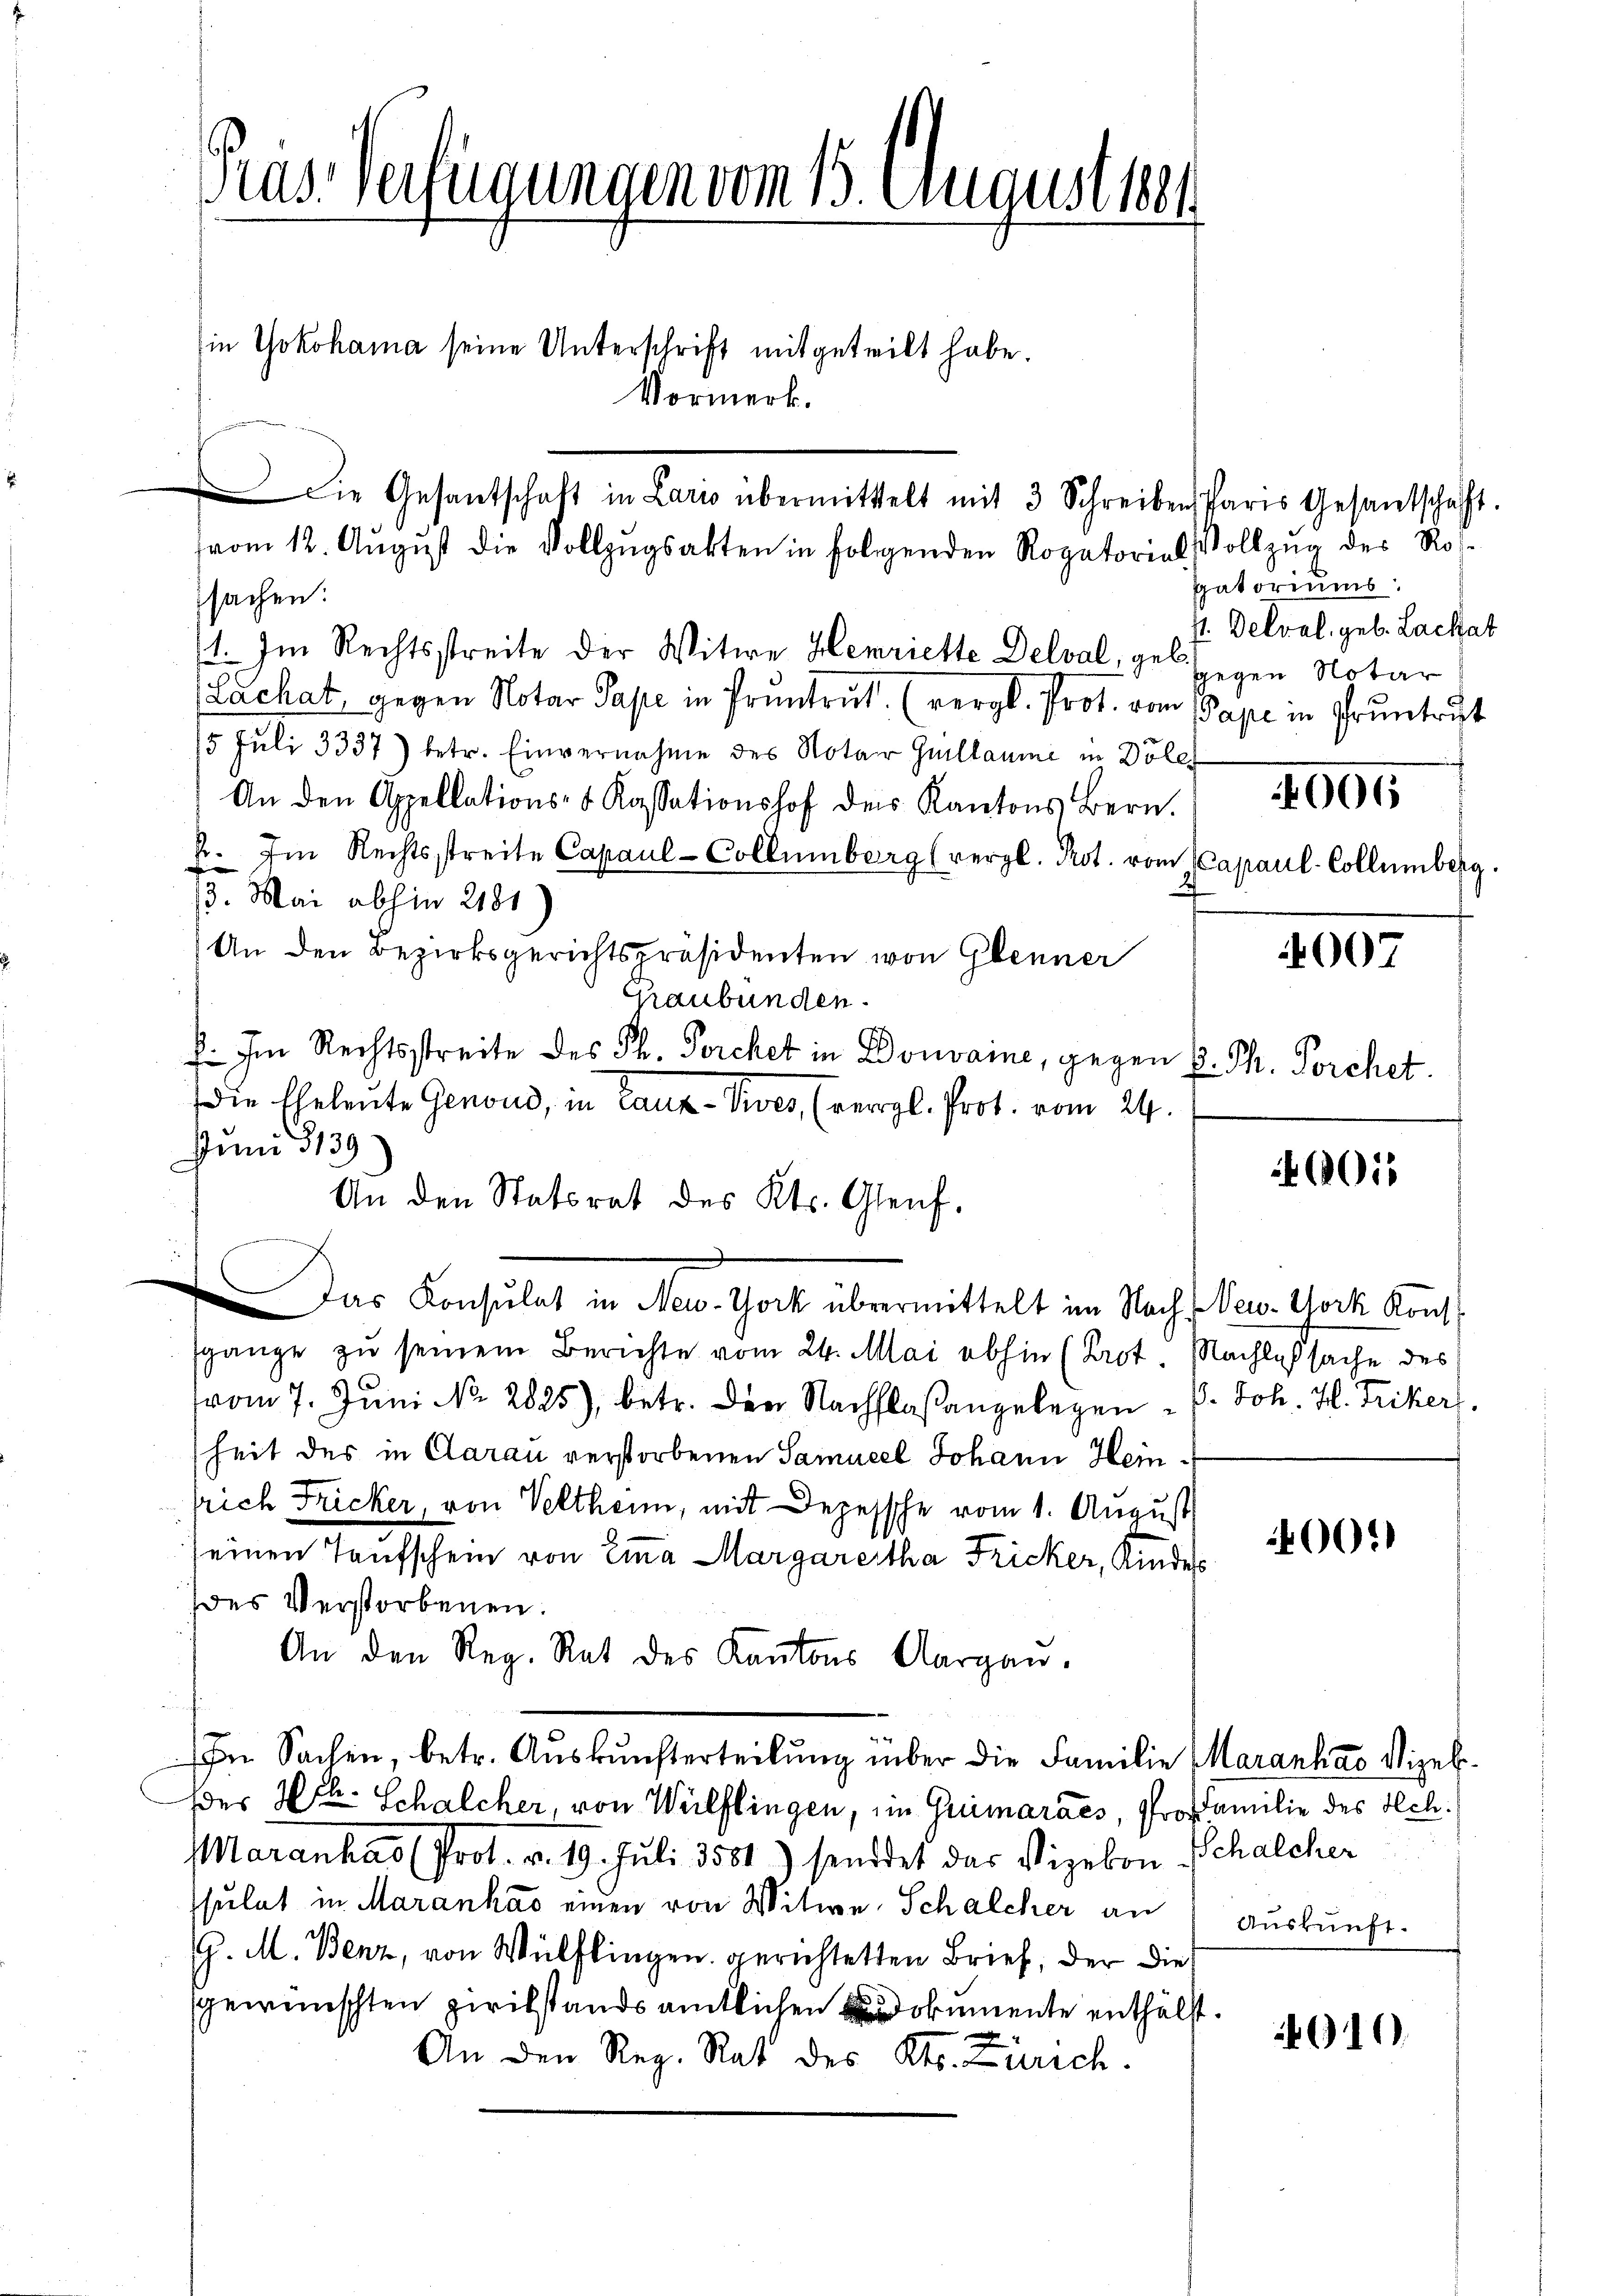
Pras Verfügungen vom 15. Augustset

sachen.
1. Im Rechtsstreite der Witwe Henriette Delval, gelegen Notar
Lachat, gegen Notar Pape in Pruntrut. (vergl. Prof. von Pape in Gruntrut
5 Juli 3337) betr. Einvernahme des Notar Guillaume in Döler
An den Appellations- & Kassationshof der Kantons Bern.
2. Im Rechtsstreite Capaul-Collumberg (vergl. Prot. vom Capaul-Collumberg.
d
4
3. Mai abhin 2181
An den Bezirksgerichtspräsidenten von Glenner
Graubünden.
f. Im Rechtsstreite des Th. Forchet in Donvaine, gegen u. Ph. Forchet
Die Eheleute Genoud, in Cauz-Vives, (vergl. Prot. vom 24.
Juni 139.
An den Statorat des Kts. Gleich-
Das Consulat in Nov. Thock übermittelt im Nachs Pec. Noch Kont
sgange zu seinem Berichte vom 24. Mai abhin (Prot. Nachlaßsache des
vom 7. Juni No. 2825), betr. der Nachflaßangelegen P. Joh. H. Trikers
heit des in Clarau verstorbenen Samuel Johann Heinlrich Fricker, von Veltheim, mit Depessche vom 1. August
00.)
seinen Taufschein von Eina Margaretha Fricker, Kinde
des Verstorbenen.
An den Reg. Rat des Kantons Aargau.
In Sachen, betr. Aŭskŭnfterteilŭng über die Familie Maranhao Vizel.
der Hch. Schalcher, von Wülflingen, in Grimaracs, Profamilie des Sch.
Maranhao (Prot. v. 19. Juli 1881) sendet das Vizekon Schalcher
ssulat in Marankas einen von Witwe, Schalcher an
Auskunft.
G. M. Benz, von Wülflingen gerichtetten Brief, der die
gewünschten Zivilstands amtlichen dokumente enthälst.
An den Reg. Rat des Kts. Zürich.

in Yokohama seine Unterschrift mitgeteilt habe.
Vormerk.

Die Gesantschaft in Lario übermittelt mit 3 Schreiben Paris Gesantschaft.
vom 12. August die Vollzugsakten in folgenden Rogatorial Vollzug des Ros¬

gatoriums.
st. Delval. geb. Lachat

007

01

610